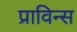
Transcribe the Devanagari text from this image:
प्राविन्स